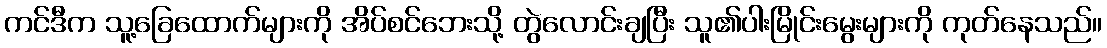
ကင်ဒီက သူ့ခြေထောက်များကို အိပ်စင်ဘေးသို့ တွဲလောင်းချပြီး သူ၏ပါးမြိုင်းမွေးများကို ကုတ်နေသည်။